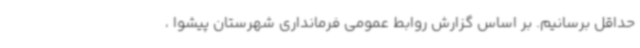
حداقل برسانیم. بر اساس گزارش روابط عمومی فرمانداری شهرستان پیشوا ،